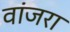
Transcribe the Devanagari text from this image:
वांजरा